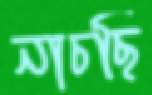
নাচছি